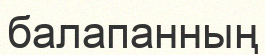
балапанның